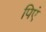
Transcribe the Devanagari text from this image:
पिएं